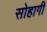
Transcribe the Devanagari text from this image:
सोहागी